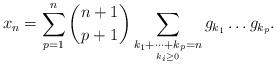
LaTeX: \begin{align*}x_{n}=\sum_{p=1}^{n}\binom{n+1}{p+1}\sum_{\underset{k_{i}\ge 0}{k_{1}+\dots+k_{p}=n}}g_{k_{1}}\dots g_{k_{p}}.\end{align*}